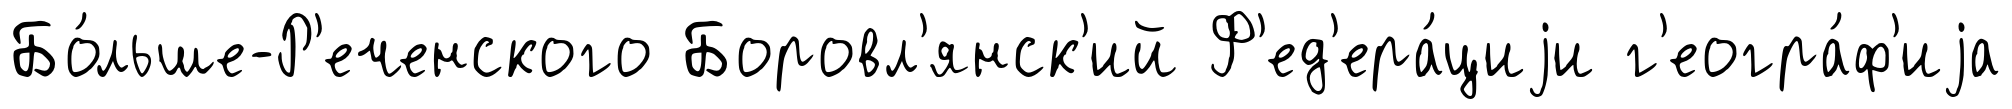
Бо́льше-Р'еченского Боровл'янск'ий Ф'ед'ера́циjи г'еогра́ф'иjа